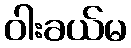
ဝါးခယ်မ